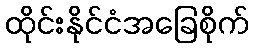
ထိုင်းနိုင်ငံအခြေစိုက်